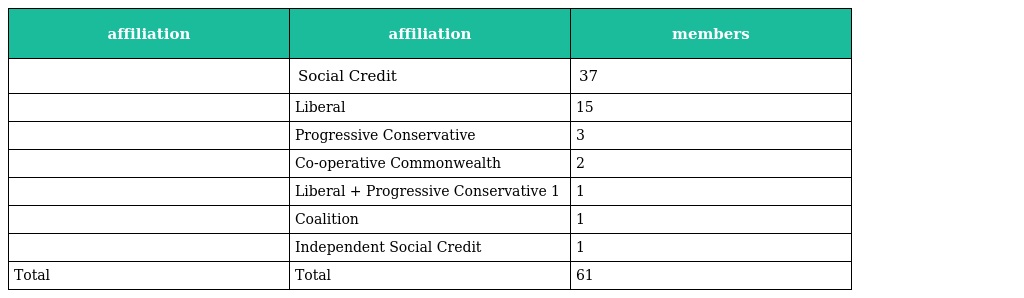
| affiliation | affiliation | members |
 | --- | --- | --- |
 |  | Social Credit | 37 |
 |  | Liberal | 15 |
 |  | Progressive Conservative | 3 |
 |  | Co-operative Commonwealth | 2 |
 |  | Liberal + Progressive Conservative 1 | 1 |
 |  | Coalition | 1 |
 |  | Independent Social Credit | 1 |
 | Total | Total | 61 |